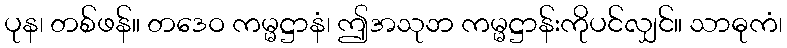
ပုန၊ တစ်ဖန်။ တဒေဝ ကမ္မဋ္ဌာနံ၊ ဤအသုဘ ကမ္မဋ္ဌာန်းကိုပင်လျှင်။ သာဓုကံ၊